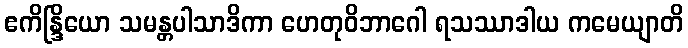
ဧကိန္ဒြိယော သမန္တပါသာဒိကာ ဟေတုဝိဘာဂေါ ရသဿာဒါယ ကမေယျာတိ